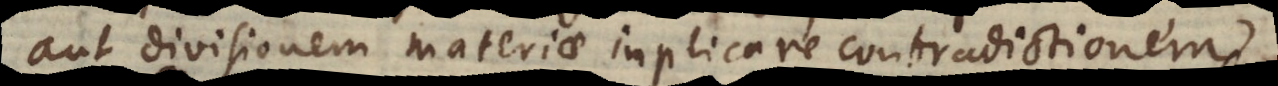
aut divisionem materiae implicare contradictione